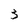
Character: 3